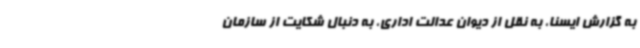
به گزارش ایسنا، به نقل از دیوان عدالت اداری، به دنبال شکایت از سازمان